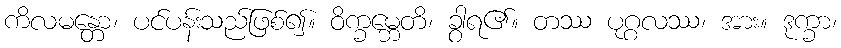
ကိလမန္တော၊ ပင်ပန်းသည်ဖြစ်၍။ ဝိက္ခမ္ဘေတိ၊ ခွာရ၏။ တဿ ပုဂ္ဂလဿ၊ အား။ ဒုက္ခာ၊